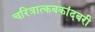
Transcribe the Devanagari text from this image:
चरित्रात्कबकांदबरी